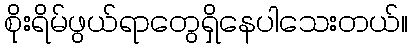
စိုးရိမ်ဖွယ်ရာတွေရှိနေပါသေးတယ်။